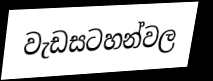
වැඩසටහන්වල